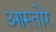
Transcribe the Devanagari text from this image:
आस्तोर